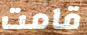
قامت